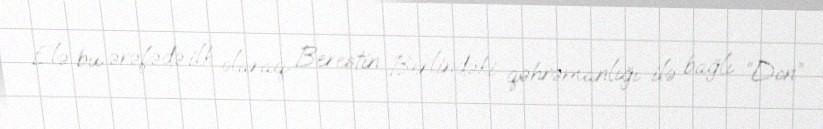
Elə bu ərəfədə ilk olaraq Berestin Berlindəki qəhrəmanlığı ilə bağlı “Don”